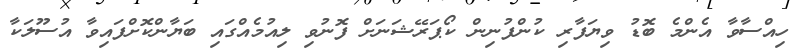
ހިއްސާވާ އެންމެ ބޮޑު ވިޔަފާރި ކުންފުނިން ކޯޕަރޭޝަނަށް ފޮނުވި ލިއުމެއްގައި ބަޔާންކޮށްފައިވާ އުސޫލަކާ